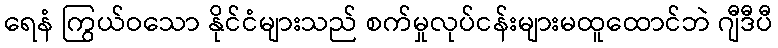
ရေနံ ကြွယ်ဝသော နိုင်ငံများသည် စက်မှုလုပ်ငန်းများမထူထောင်ဘဲ ဂျီဒီပီ